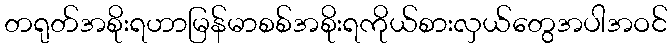
တရုတ်အစိုးရဟာမြန်မာစစ်အစိုးရကိုယ်စားလှယ်တွေအပါအဝင်